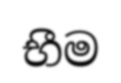
භීම